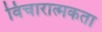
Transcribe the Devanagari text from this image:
विचारात्मकता